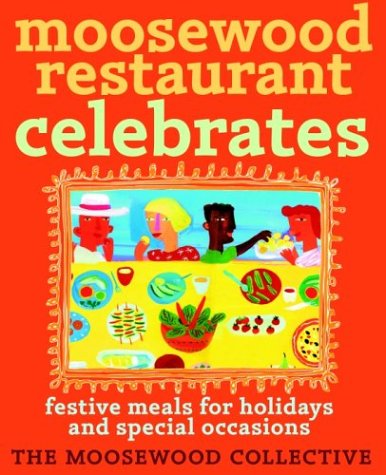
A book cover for Moosewood Restaurant Celebrates: Festive Meals for Holidays and Special Occasions; Moosewood Collective; Health, Fitness & Dieting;